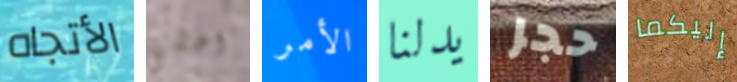
الأتجاه اخشي الأمر يدلنا حجر إليكما